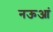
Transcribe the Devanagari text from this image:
नऊआं